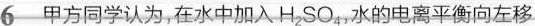
6 甲方同学认为，在水中加入H_{2}SO_{4}，水的电离平衡向左移